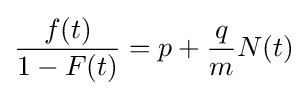
{\frac {f(t)}{1-F(t)}}=p+{\frac {q}{m}}N(t)